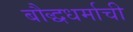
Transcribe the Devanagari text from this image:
बौद्धधर्माची